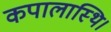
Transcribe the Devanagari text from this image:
कपालास्थि।